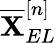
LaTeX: \overline{{\mathbf{X}}}_{EL}^{[n]}